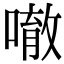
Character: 𠾀